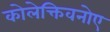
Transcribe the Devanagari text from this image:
कोलेक्तिवनोए